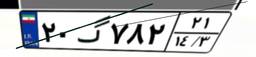
۲۰گ۷۸۲۲۱